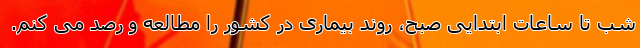
شب تا ساعات ابتدایی صبح، روند بیماری در کشور را مطالعه و رصد می کنم.